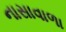
નાસાવાળા